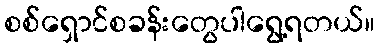
စစ်ရှောင်စခန်းတွေပါရွေ့ရတယ်။